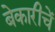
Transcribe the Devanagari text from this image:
बेकारीचें